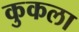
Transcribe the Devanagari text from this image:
कुकला